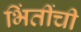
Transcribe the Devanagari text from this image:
भिंतींची